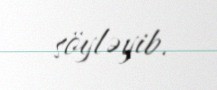
söyləyib.